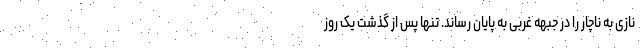
نازی به ناچار را در جبهه غربی به پایان رساند. تنها پس از گذشت یک روز